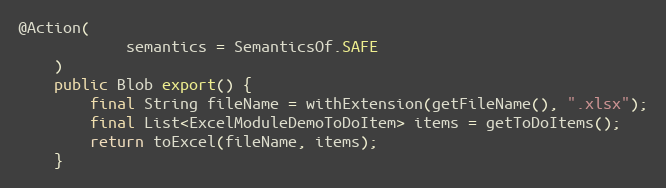
Language: Java
@Action(
            semantics = SemanticsOf.SAFE
    )
    public Blob export() {
        final String fileName = withExtension(getFileName(), ".xlsx");
        final List<ExcelModuleDemoToDoItem> items = getToDoItems();
        return toExcel(fileName, items);
    }